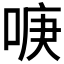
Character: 𱓒